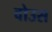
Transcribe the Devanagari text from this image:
वोउस